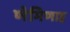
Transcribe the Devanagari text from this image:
णेमिणाह